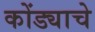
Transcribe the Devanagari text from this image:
कोंड्याचे